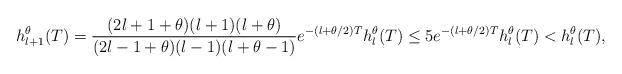
LaTeX: \begin{align*}h^\theta_{l+1}(T) = \frac{(2l+1+\theta)(l+1)(l+\theta)}{(2l-1+\theta)(l-1)(l+\theta-1)}e^{-(l+\theta/2)T}h^\theta_l(T) \leq 5e^{-(l+\theta/2)T}h^\theta_l(T) < h^\theta_l(T),\end{align*}